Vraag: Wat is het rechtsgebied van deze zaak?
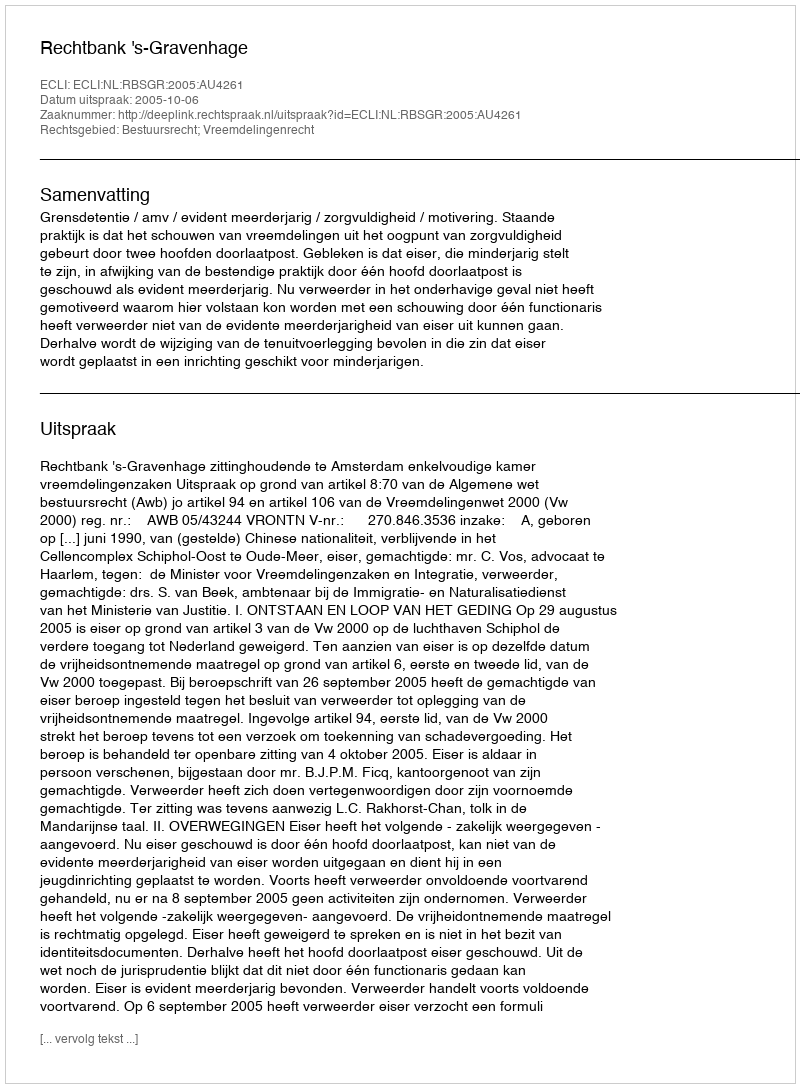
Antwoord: Bestuursrecht; Vreemdelingenrecht